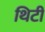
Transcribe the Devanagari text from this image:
थिटी